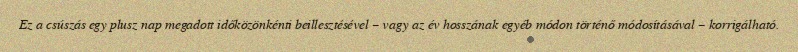
Ez a csúszás egy plusz nap megadott időközönkénti beillesztésével – vagy az év hosszának egyéb módon történő módosításával – korrigálható.